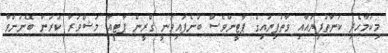
މިކަމާހެދި ކަނާތުފިޔައާއި ވާތުފިޔައިގެ ޕާޓީންވެސް ބުނެފައިވަނީ ގްރީން ޕާޓީއާ މަޝްވަރާ ކުރަން ބޭނުންވާ